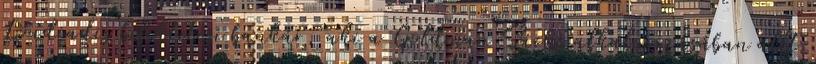
Loudiadis befektetési bankár, aki a Goldman Sachs alkalmazásában állt